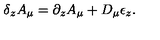
\delta _ { z } A _ { \mu } = \partial _ { z } A _ { \mu } + D _ { \mu } \epsilon _ { z } .